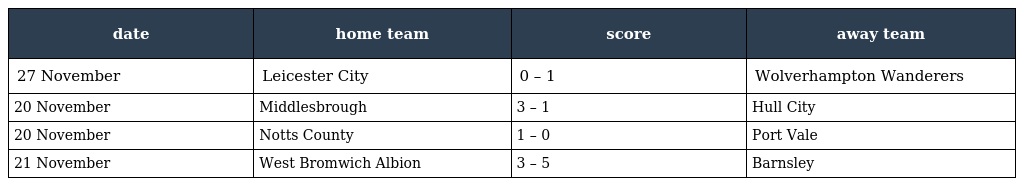
| date | home team | score | away team |
 | --- | --- | --- | --- |
 | 27 November | Leicester City | 0 – 1 | Wolverhampton Wanderers |
 | 20 November | Middlesbrough | 3 – 1 | Hull City |
 | 20 November | Notts County | 1 – 0 | Port Vale |
 | 21 November | West Bromwich Albion | 3 – 5 | Barnsley |